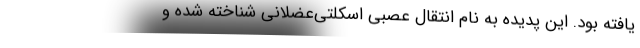
یافته بود. این پدیده به نام انتقال عصبی اسکلتی‌عضلانی شناخته شده و